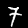
Digit: 7